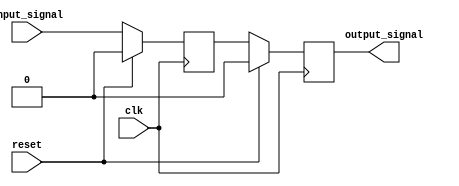
module latch_and_flipflop (
    input wire clk,
    input wire reset,
    input wire input_signal,
    output reg output_signal
);

reg latch;

// Transparent latch
always @(posedge clk) begin
    if (reset == 1'b1) begin
        latch <= 1'b0;
    end else begin
        latch <= input_signal;
    end
end

// D flip-flop
always @(posedge clk) begin
    if (reset == 1'b1) begin
        output_signal <= 1'b0;
    end else begin
        output_signal <= latch;
    end
end

endmodule